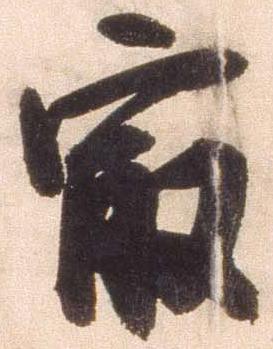
最